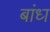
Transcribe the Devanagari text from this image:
बांध्‍ा